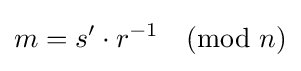
{\begin{aligned}m=s'\cdot r^{-1}{\pmod {n}}\end{aligned}}